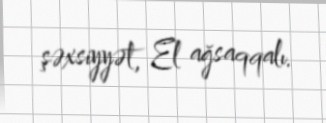
şəxsiyyət, El ağsaqqalı.